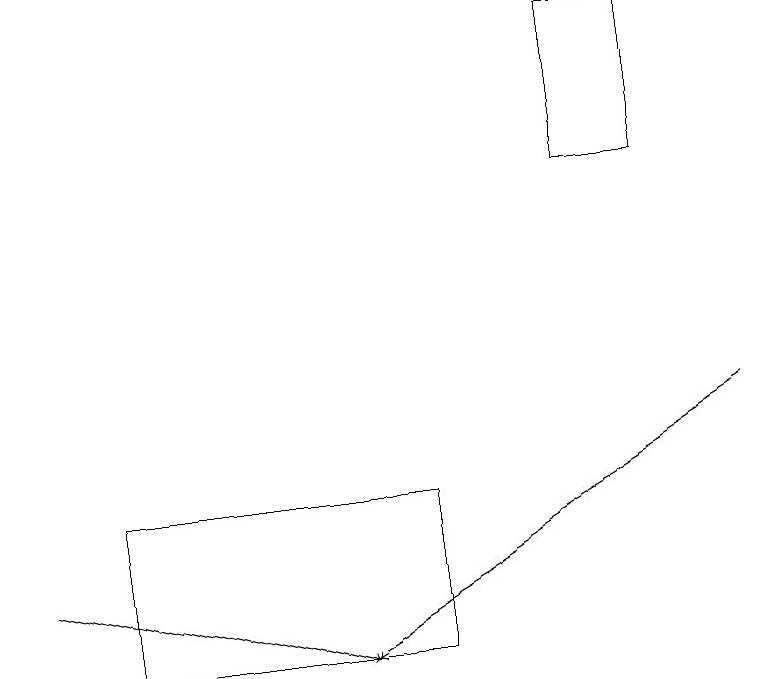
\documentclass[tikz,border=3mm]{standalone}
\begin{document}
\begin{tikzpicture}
\draw[->] (0,11) -- (4,10);
\draw (5,10) rectangle (1,12);
\draw (8,18) rectangle (7,16);
\draw[->] (9,13) -- (4,10);
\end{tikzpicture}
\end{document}